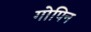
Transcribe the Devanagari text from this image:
गोपिन